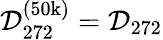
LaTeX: \mathcal{D}_{272}^{(\mathrm{50k})}=\mathcal{D}_{272}